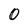
Character: O